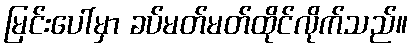
မြင်းပေါ်မှာ ခပ်မတ်မတ်ထိုင်လိုက်သည်။